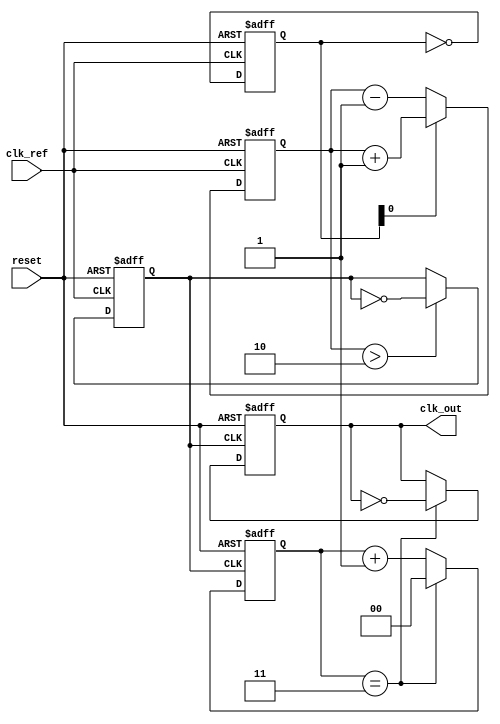
module low_jitter_pll (
    input wire clk_ref,         // Reference clock input
    input wire reset,           // Asynchronous reset
    output wire clk_out         // Output clock
);

    // Parameters for frequency division
    parameter DIV_RATIO = 4;    // Example division ratio
    reg [3:0] phase_error;       // Phase error signal
    reg [3:0] control_voltage;    // Control voltage for VCO
    reg clk_feedback;            // Feedback clock signal
    wire clk_vco;                // VCO output clock

    // Phase Detector
    always @(posedge clk_ref or posedge reset) begin
        if (reset) begin
            phase_error <= 4'b0;
        end else begin
            // Simplified phase detection logic
            // Here, we would implement the actual phase detection logic
            // For simulation purposes, we just toggle the phase error
            phase_error <= ~phase_error; // Placeholder for actual phase error calculation
        end
    end

    // Charge Pump (simplified)
    always @(posedge clk_ref or posedge reset) begin
        if (reset) begin
            control_voltage <= 4'b0;
        end else begin
            // Simplified charge pump behavior based on phase error
            if (phase_error[0]) begin
                control_voltage <= control_voltage + 1; // Increase control voltage
            end else begin
                control_voltage <= control_voltage - 1; // Decrease control voltage
            end
        end
    end

    // Voltage-Controlled Oscillator (VCO)
    // For simplicity, using a counter that toggles based on control voltage
    always @(posedge clk_ref or posedge reset) begin
        if (reset) begin
            clk_feedback <= 0;
        end else begin
            // Simplified VCO behavior (based on control voltage)
            if (control_voltage > 2) begin
                clk_feedback <= ~clk_feedback; // Example toggle based on control voltage
            end
        end
    end

    // Frequency Divider
    reg [1:0] div_counter; // Simple counter for division
    always @(posedge clk_feedback or posedge reset) begin
        if (reset) begin
            div_counter <= 2'b00;
            clk_out <= 0;
        end else begin
            if (div_counter == DIV_RATIO - 1) begin
                clk_out <= ~clk_out; // Toggle output clock
                div_counter <= 2'b00;
            end else begin
                div_counter <= div_counter + 1;
            end
        end
    end

endmodule